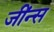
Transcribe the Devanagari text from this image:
जींन्स